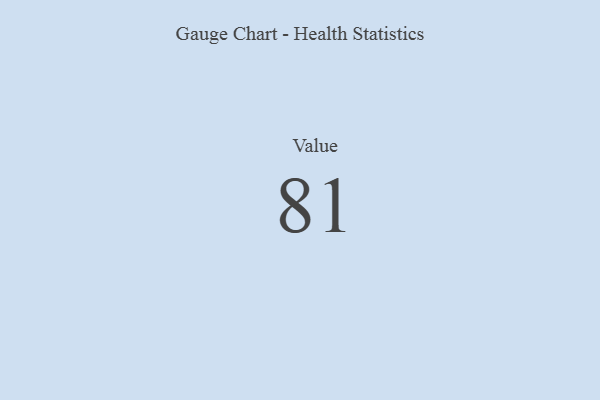
{"axis": {"x": "Metric", "y": "Value"}, "legend": [""], "data": [{"x": "Value", "y": 81, "type": ""}]}